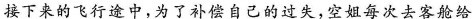
接下来的飞行途中，为了补偿自己的过失，空姐每次去客舱给